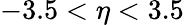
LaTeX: -3.5<\eta<3.5